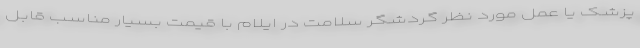
پزشک یا عمل مورد نظر گردشگر سلامت در ایلام با قیمت بسیار مناسب قابل